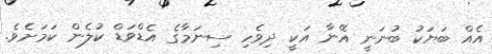
އެއް ބަޔަކު ބުނަނީ އޭނާ އަކީ ދިވެހި ސިނަމާގެ އެޑްވަޑް ކުލެން ކަމަށެވެ.